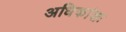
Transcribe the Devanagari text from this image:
अधिकांशः